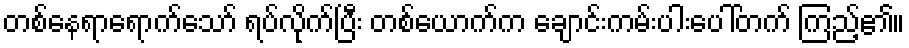
တစ်နေရာရောက်သော် ရပ်လိုက်ပြီး တစ်ယောက်က ချောင်းကမ်းပါးပေါ်တက် ကြည့်၏။